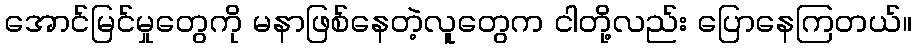
အောင်မြင်မှုတွေကို မနာဖြစ်နေတဲ့လူတွေက ငါတို့လည်း ပြောနေကြတယ်။